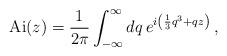
LaTeX: \begin{align*}{\rm Ai}(z)={1\over 2\pi}\int_{-\infty}^\infty dq\thinspace e^{i\left({1\over 3}q^3+qz\right)}\,,\end{align*}